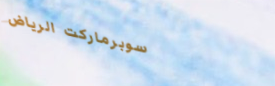
سوبرماركت الرياض